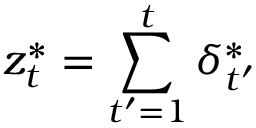
z _ { t } ^ { * } = \sum _ { t ^ { \prime } = 1 } ^ { t } \delta _ { t ^ { \prime } } ^ { * }